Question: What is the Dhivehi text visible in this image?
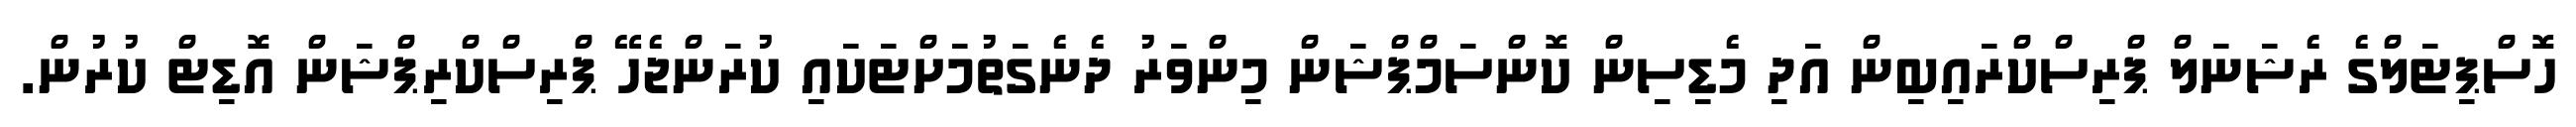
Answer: ހޮސްޕިޓަލްގެ ރެޝަނަލް ޕްރިސްކްރައިބިން އަދި މެޑިސިން ކޮންސަމްޕްޝަން މިންވަރު ދެނެގަތުމަށްޓަކައި ކުރަންޖެހޭ ޕްރިސްކްރިޕްޝަން އޮޑިޓް ކުރުން.